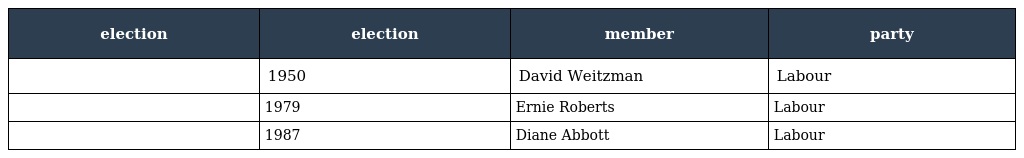
| election | election | member | party |
 | --- | --- | --- | --- |
 |  | 1950 | David Weitzman | Labour |
 |  | 1979 | Ernie Roberts | Labour |
 |  | 1987 | Diane Abbott | Labour |